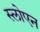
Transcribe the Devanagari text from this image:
स्लोएन